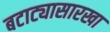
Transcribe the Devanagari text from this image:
बटाट्यासारखा